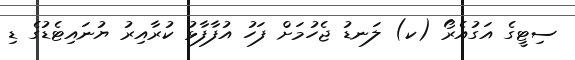
ސިޓީގެ އަގުއެރޯ (ކ) ލަނޑު ޖެހުމަށް ފަހު އުފާފާޅު ކުރާއިރު ޔުނައިޓެޑުގެ ޑި